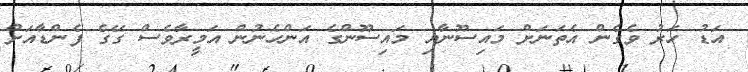
އަޑު ހަރު ވެގެން އެތަނަށް މައިސޫނާއި މައިސޫންގެ އަންހެނުން އަމީރާވެސް ގޭގެ ފެންޑާއަށް